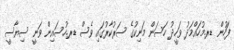
ފަހުން ޑރ.މުހައްމަދު ވަހީދު ހަސަން މަނިކުގެ ސަރުކާރުގައި ވެސް ޑރ.ހުސައިން ވަނީ ސިޔާސީ